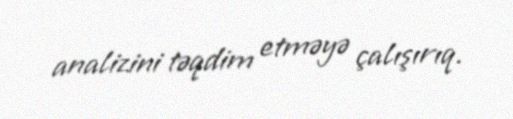
analizini təqdim etməyə çalışırıq.